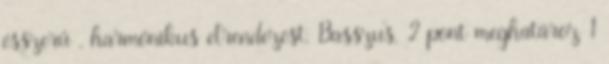
ésszerű , harmónikus elrendezést. Basszus, 2 pont meghatároz 1